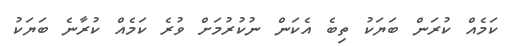
ކަމެއް ކުރަން ބަޔަކު ތިބެ އެކަން ނުކުރުމަށް ވުރެ ކަމެއް ކުރާނެ ބަޔަކު